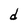
Character: d